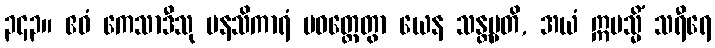
၃၄၃။ ဧဝံ ကေသာဒီသု မနသိကာရံ ပဝတ္တေတွာ ယေန သန္တပ္ပတိ, အယံ ဣမသ္မိံ သရီရေ